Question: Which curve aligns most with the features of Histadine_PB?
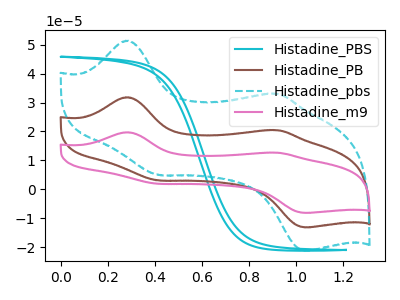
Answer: <think>The cyan curve "Histadine_PBS" has no peaks. The brown curve "Histadine_PB" has anodic peaks at (0.30V, 31.85uA) (0.90V, 20.45uA) and cathodic peaks at (0.40V, 3.10uA) (1.05V, -13.15uA). The cyan dashed curve "Histadine_pbs" has anodic peaks at (0.30V, 51.40uA) (0.90V, 33.00uA) and cathodic peaks at (0.40V, 4.95uA) (1.05V, -21.25uA). The pink curve "Histadine_m9" has anodic peaks at (0.30V, 63.70uA) (0.90V, 40.90uA) and cathodic peaks at (0.40V, 6.15uA) (1.05V, -26.35uA).
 "Histadine_PBS" and "Histadine_PB" have a different number of peaks. "Histadine_PBS" and "Histadine_pbs" have a different number of peaks. "Histadine_PBS" and "Histadine_m9" have a different number of peaks. All the peaks in "Histadine_PB" have a peak in "Histadine_pbs" at the same potential. All the peaks in "Histadine_PB" have a peak in "Histadine_m9" at the same potential. All the peaks in "Histadine_pbs" have a peak in "Histadine_m9" at the same potential.</think>
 <answer>"Histadine_PB" and "Histadine_m9" have a similar shape to "Histadine_pbs".</answer>
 <eval>"Histadine_PB" "Histadine_m9"</eval>